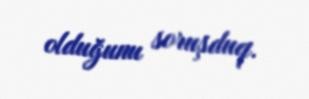
olduğunu soruşduq.